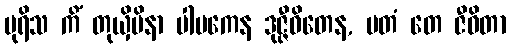
ပုရိသ ကိံ တုယှိမိနာ ပါပကေန ဒုဇ္ဇီဝိတေန, မတံ တေ ဇီဝိတာ